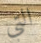
التي